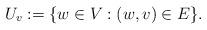
LaTeX: \begin{align*}U_v := \{ w \in V : (w,v) \in E \}.\end{align*}